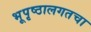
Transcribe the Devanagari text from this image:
भूपृष्ठालगतचा